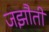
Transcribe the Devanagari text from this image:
जझौती